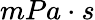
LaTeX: mPa·s